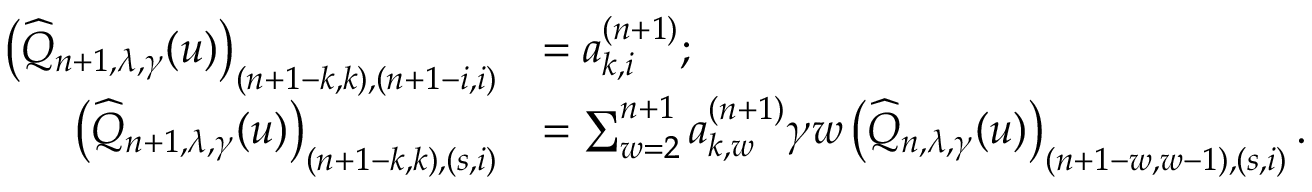
\begin{array} { r l } { \left( \widehat { Q } _ { n + 1 , \lambda , \gamma } ( u ) \right) _ { ( n + 1 - k , k ) , ( n + 1 - i , i ) } } & { = a _ { k , i } ^ { ( n + 1 ) } ; } \\ { \left( \widehat { Q } _ { n + 1 , \lambda , \gamma } ( u ) \right) _ { ( n + 1 - k , k ) , ( s , i ) } } & { = \sum _ { w = 2 } ^ { n + 1 } a _ { k , w } ^ { ( n + 1 ) } \gamma w \left( \widehat { Q } _ { n , \lambda , \gamma } ( u ) \right) _ { ( n + 1 - w , w - 1 ) , ( s , i ) } . } \end{array}